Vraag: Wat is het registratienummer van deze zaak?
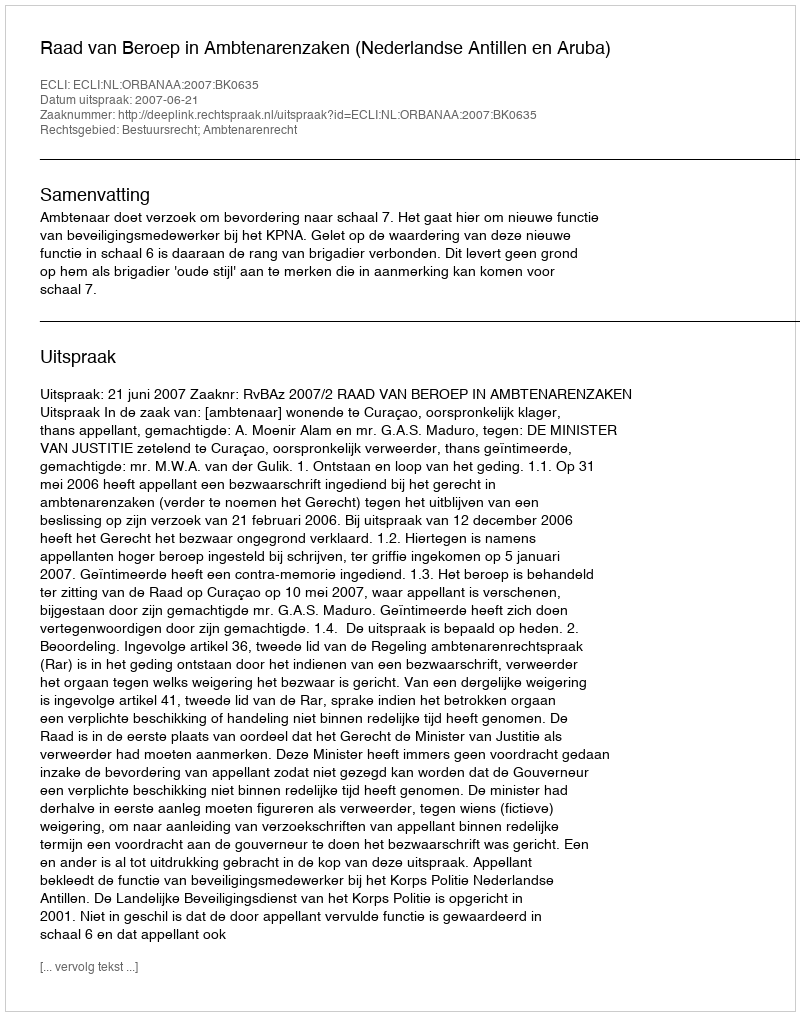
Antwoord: http://deeplink.rechtspraak.nl/uitspraak?id=ECLI:NL:ORBANAA:2007:BK0635